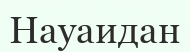
Науаидан